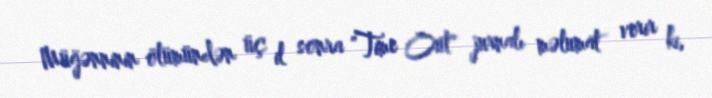
Müğənninin ölümündən üç il sonra "Time Out" jurnalı məlumat verir ki,